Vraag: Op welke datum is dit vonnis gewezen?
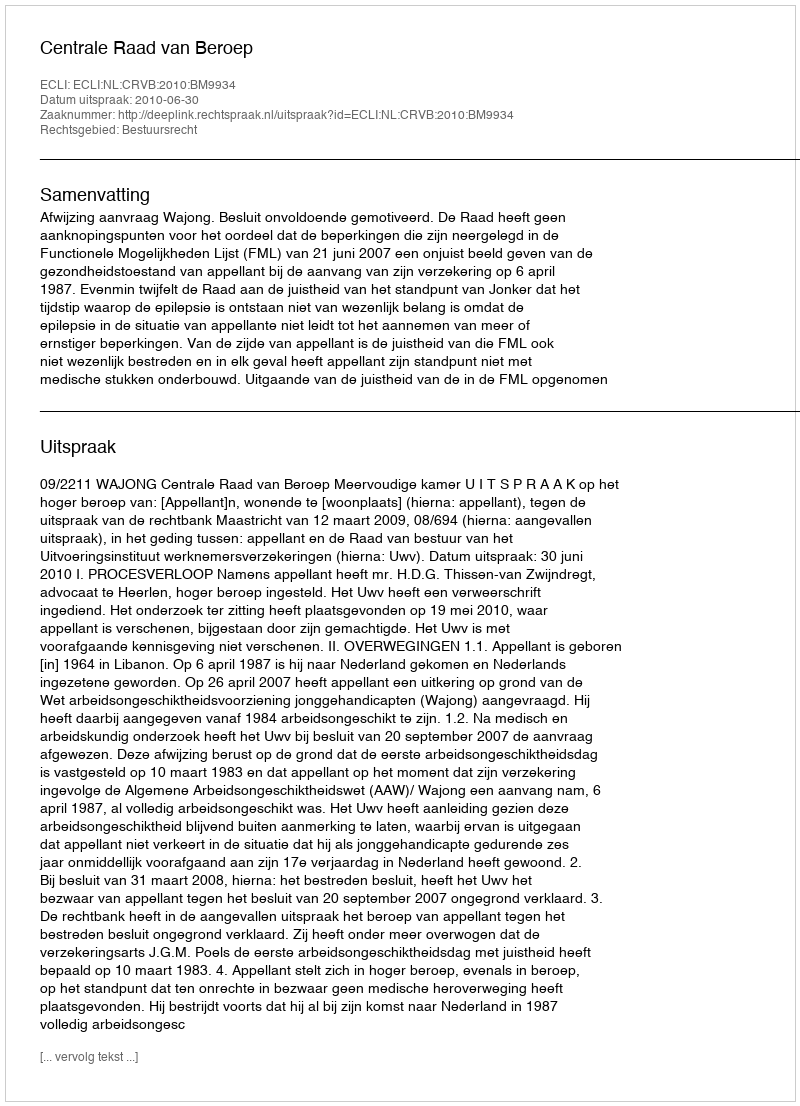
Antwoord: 2010-06-30